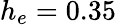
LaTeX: h_{e}=0.35